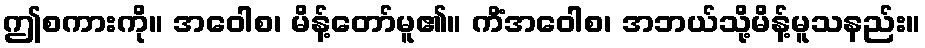
ဤစကားကို။ အဝေါစ၊ မိန့်တော်မူ၏။ ကိံအဝေါစ၊ အဘယ်သို့မိန့်မူသနည်း။